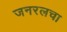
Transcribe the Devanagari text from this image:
जनरलचा